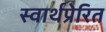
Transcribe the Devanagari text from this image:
स्वार्थप्रेरित